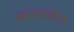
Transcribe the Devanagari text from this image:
ध्वजसंकेत